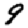
Digit: 9